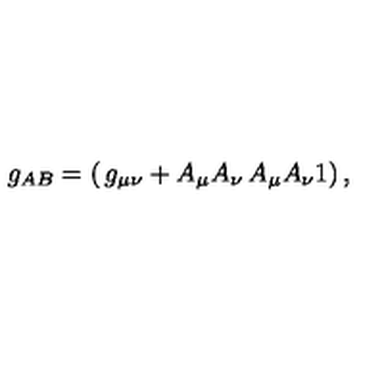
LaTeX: g _ { A B } = \left( \begin{matrix} { g _ { \mu \nu } + A _ { \mu } A _ { \nu } } & { A _ { \mu } } \\ { A _ { \nu } } & { 1 } \\ \end{matrix} \right) ,